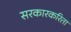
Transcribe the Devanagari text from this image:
सरकारकरिता